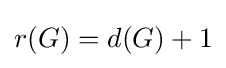
r(G)=d(G)+1